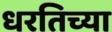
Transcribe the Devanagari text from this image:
धरतिच्या